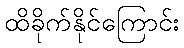
ထိခိုက်နိုင်ကြောင်း